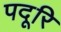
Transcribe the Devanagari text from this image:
पदूरि